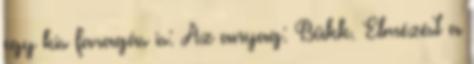
egy kis faragás is: Az anyag: Bükk. Elmézést a